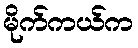
မိုက်ကယ်က